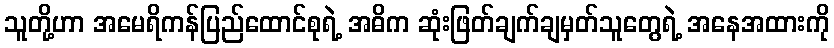
သူတို့ဟာ အမေရိကန်ပြည်ထောင်စုရဲ့ အဓိက ဆုံးဖြတ်ချက်ချမှတ်သူတွေရဲ့ အနေအထားကို